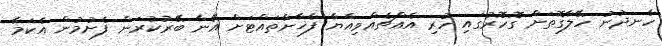
ހެނދުނު ހޭލާގޮތަށް ގޮހޮރުގައި ހުރި އެއްޗެއްވިއްޔާ ފާޚާނާތައްޓަށް އޭނާ ބޭރުކުރަން ފެށުމުން އެކަމާ